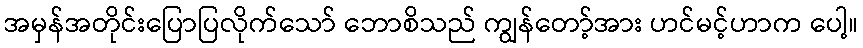
အမှန်အတိုင်းပြောပြလိုက်သော် ဘောစိသည် ကျွန်တော့်အား ဟင်မင့်ဟာက ပေါ့။